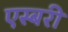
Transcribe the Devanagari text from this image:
एस्बरी